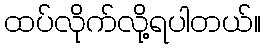
ထပ်လိုက်လို့ရပါတယ်။